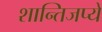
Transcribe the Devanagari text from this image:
शान्तिजप्ये